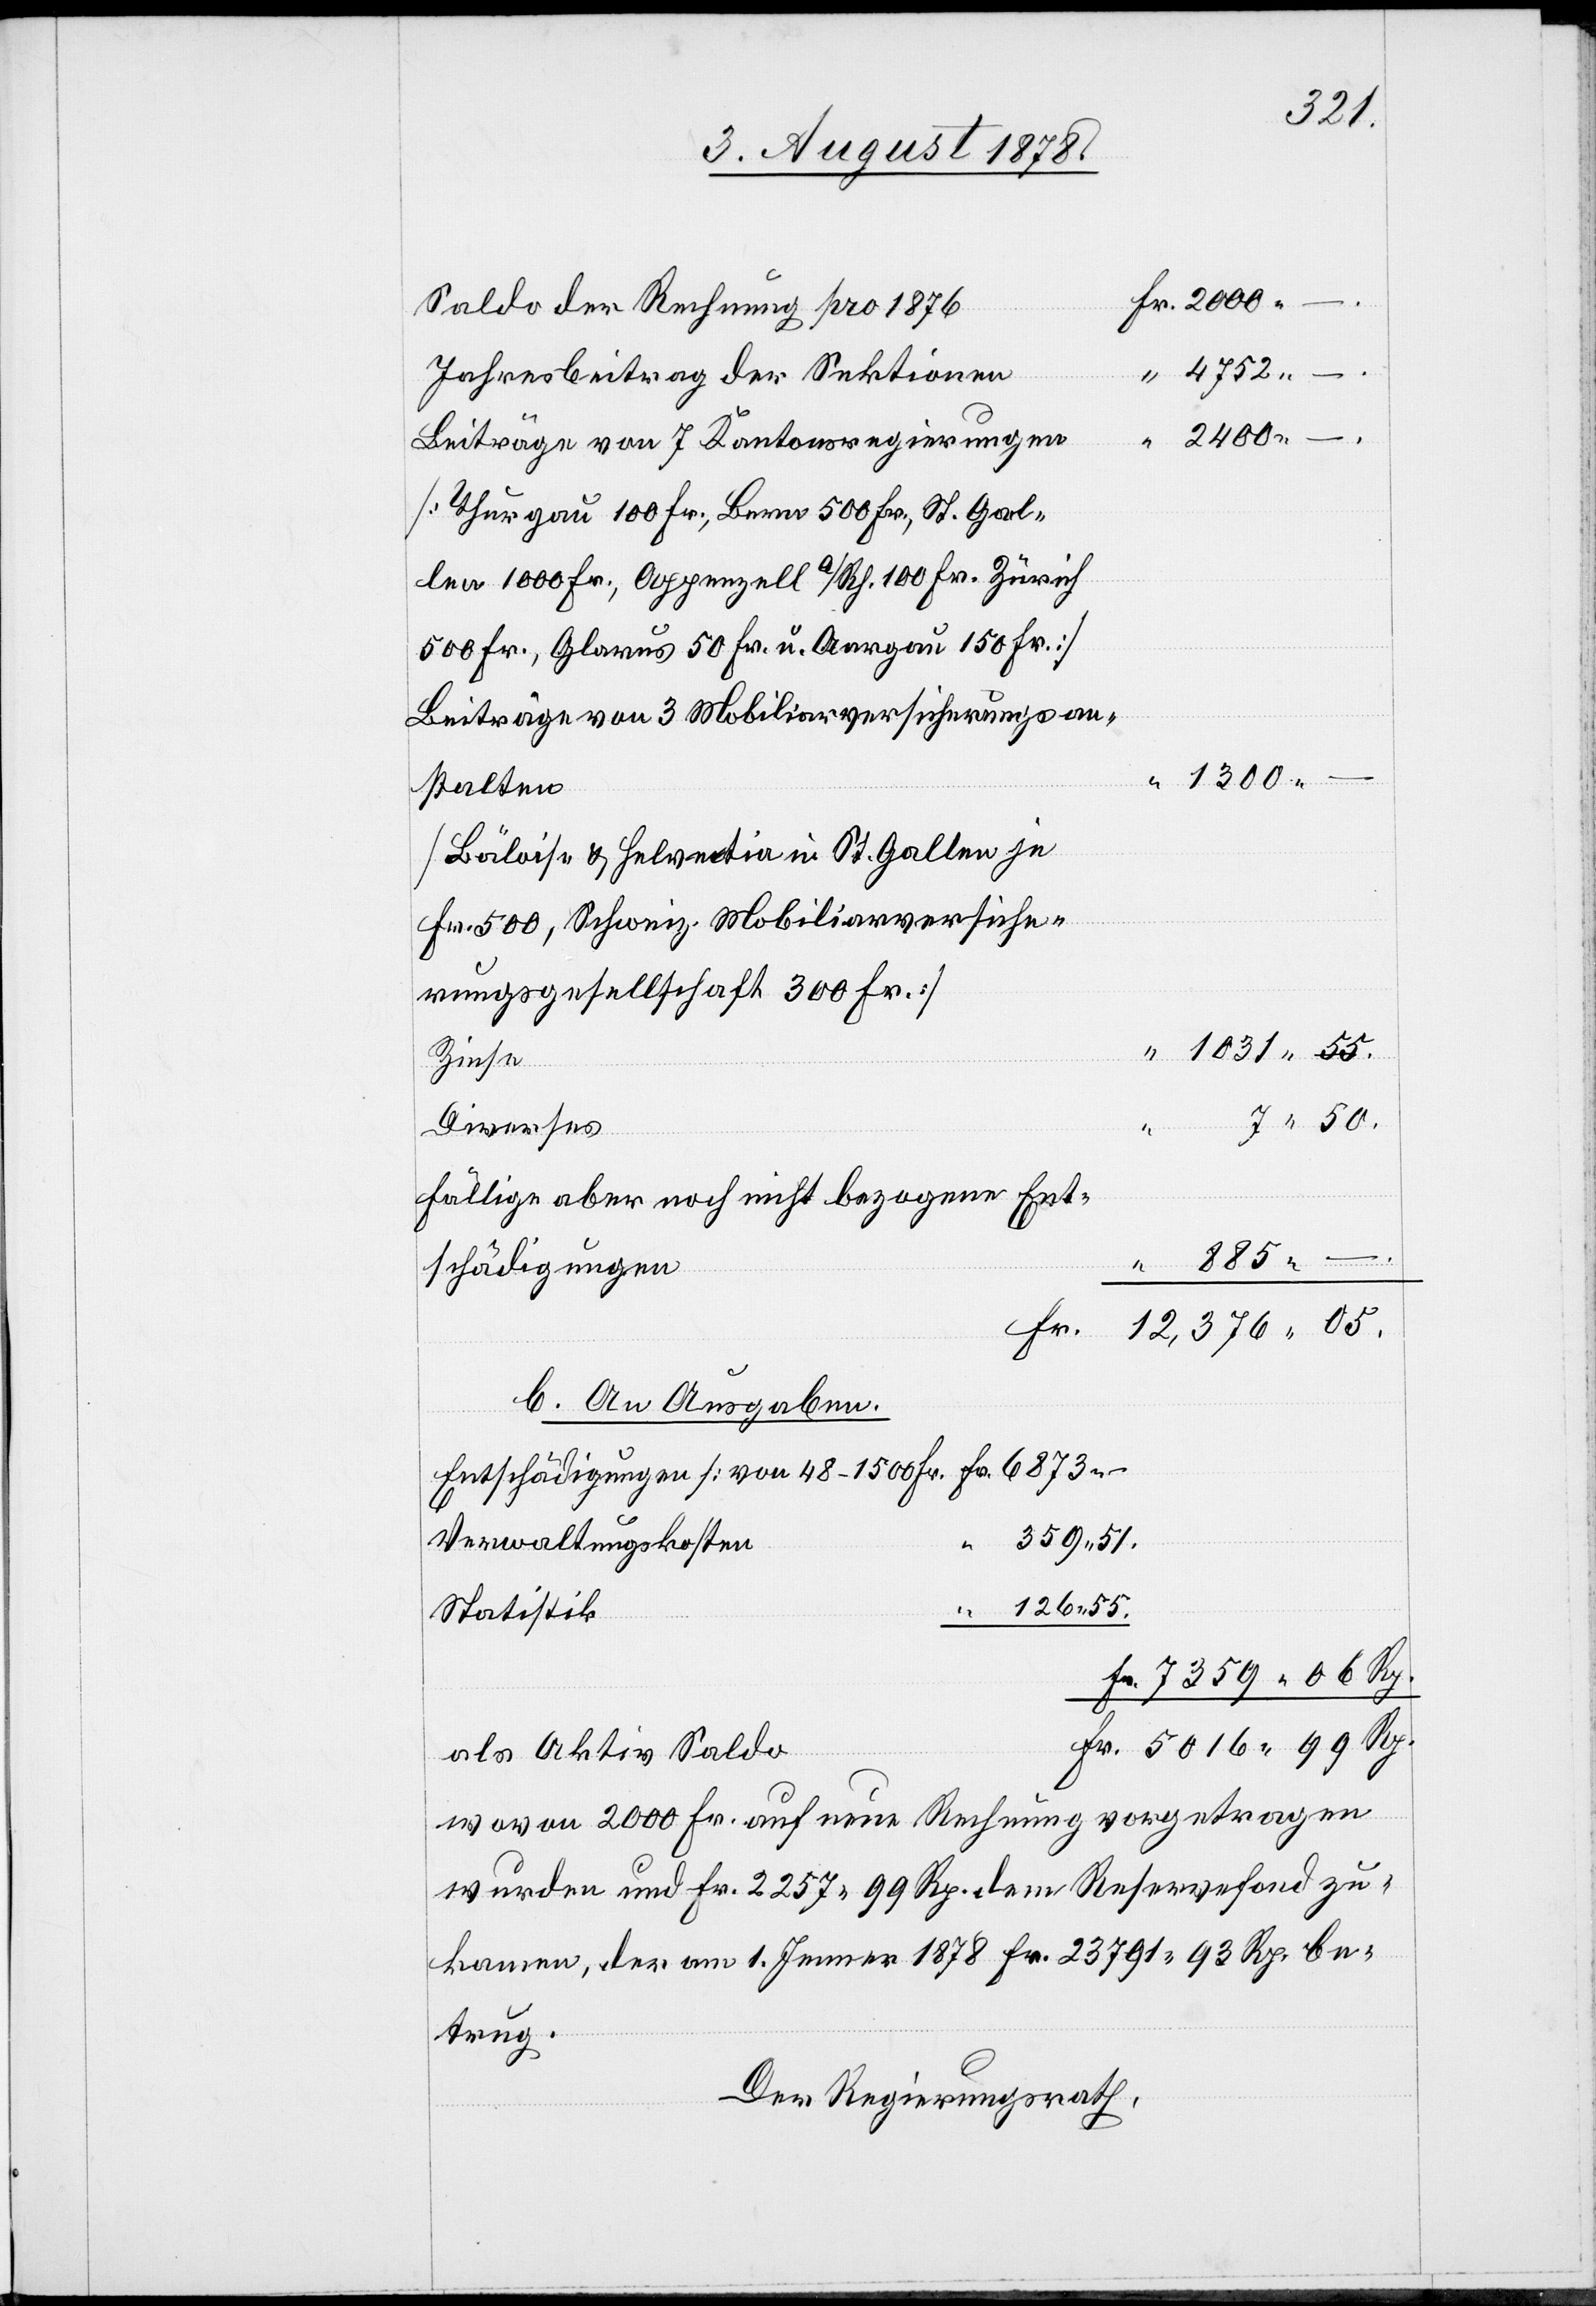
Fr.
Fr. 6873 –
Saldo der Rechnung pro 1876
Jahresbeitrag der Sektionen
Beiträge von 7 Kantonsregierungen
[Thurgau 100 Fr., Bern 500 Fr., St. Gal¬
len 1000 Fr., Appenzell a/Rh. 100 Fr. Zürich
500 Fr., Glarus 50 Fr. u. Aargau 150 Fr.]
Beiträge von 3 Mobiliarversicherungsan¬
1300 –
stalten
[Bäloise & Helvetia in St. Gallen je
Fr. 500, Schweiz. Mobiliarversiche¬
rungsgesellschaft 300 Fr.]
1031 55.
Zinse
Diverses
fällige aber noch nicht bezogene Ent¬
schädigungen
12,376 05.
b. An Ausgaben.
Entschädigungen [von 48–1500 Fr.[]]
359 51.
.
Verwaltungskosten
“ 126 55.
Statistik
als Aktiv Saldo
wovon 2000 Fr. auf neue Rechnung vorgetragen
wurden und Fr. 2257 99 Rp. dem Reservefond zu¬
kamen, der am 1. Jenner 1878 Fr. 23 791 93 Rp. be¬
trug.
Der Regierungsrath,